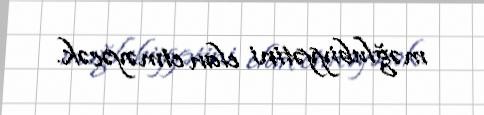
məğlubiyyətini elan etməyəcək.